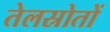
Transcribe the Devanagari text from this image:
तेलस्रोतों